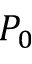
P _ { 0 }